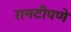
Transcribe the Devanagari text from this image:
रानटीपणे